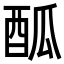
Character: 𨠋